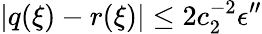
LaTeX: |q(\xi)-r(\xi)|\le 2c_{2}^{-2}\epsilon^{\prime\prime}